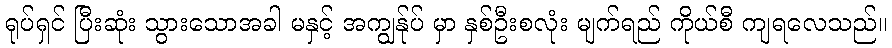
ရုပ်ရှင် ပြီးဆုံး သွားသောအခါ မနှင့် အကျွန်ုပ် မှာ နှစ်ဦးစလုံး မျက်ရည် ကိုယ်စီ ကျရလေသည်။